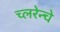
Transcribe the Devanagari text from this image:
च्लरेन्चे